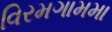
વિરમગામમા